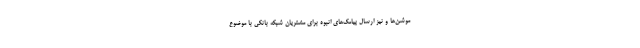
موشن‌ها و نیز ارسال پیامک‌های انبوه برای مشتریان شبکه بانکی با موضوع